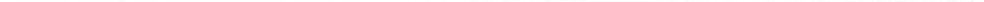
___